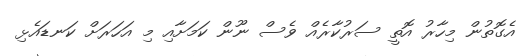
އެގޮތުން މިހާރު އޮތީ ސަރުކާރެއް ވެސް ނޫން ކަމަށާއި މި އަހަރަށް ކަނޑައެޅި